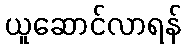
ယူဆောင်လာရန်